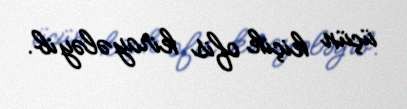
üçün kiçik ofis kirayələyib.